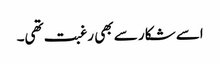
اسے شکار سے بھی رغبت تھی۔